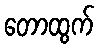
တောထွက်